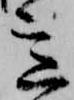
意